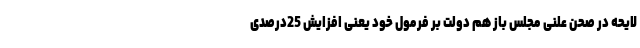
لایحه در صحن علنی مجلس باز هم دولت بر فرمول خود یعنی افزایش 25درصدی